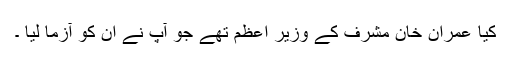
کیا عمران خان مشرف کے وزیرِ اعظم تھے جو آپ نے اُن کو آزما لیا ۔